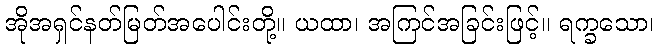
အိုအရှင်နတ်မြတ်အပေါင်းတို့။ ယထာ၊ အကြင်အခြင်းဖြင့်။ ရက္ခသော၊